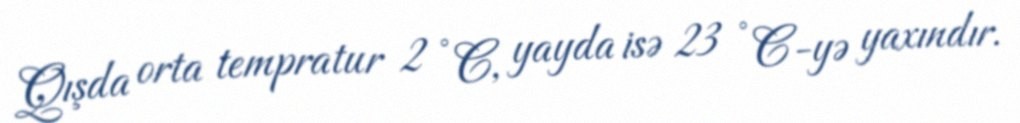
Qışda orta tempratur 2 °C, yayda isə 23 °C-yə yaxındır.